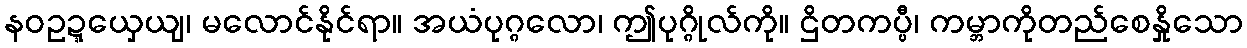
နဝဥဍ္ဍယှေယျ၊ မလောင်နိုင်ရာ။ အယံပုဂ္ဂလော၊ ဤပုဂ္ဂိုလ်ကို။ ဌိတကပ္ပီ၊ ကမ္ဘာကိုတည်စေနှိုသော